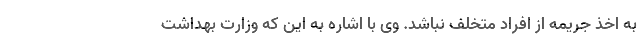
به اخذ جریمه از افراد متخلف نباشد. وی با اشاره به این که وزارت بهداشت